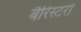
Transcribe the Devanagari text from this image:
बैरिस्टरों